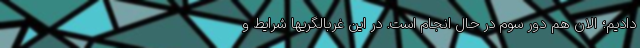
دادیم؛ الان هم دور سوم در حال انجام است. در این غربالگریها شرایط و